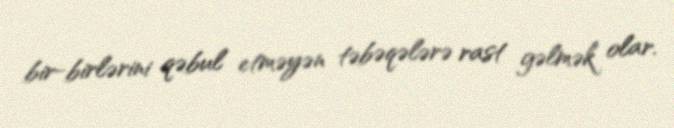
bir-birlərini qəbul etməyən təbəqələrə rast gəlmək olar.